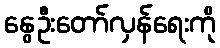
နွေဦးတော်လှန်ရေးကို